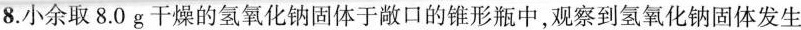
8.小余取8.0g干燥的氢氧化钠固体于敞口的锥形瓶中，观察到氢氧化钠固体发生